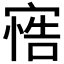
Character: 𭔋